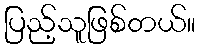
ပြည့်သူဖြစ်တယ်။